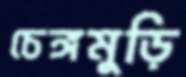
চেঙ্গমুড়ি